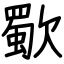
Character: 歜